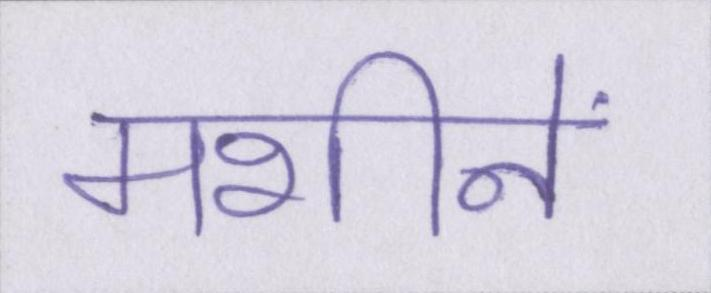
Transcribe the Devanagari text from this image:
मशीनें